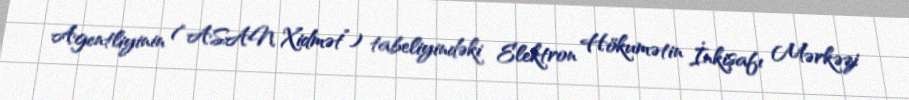
Agentliyinin (“ASAN Xidmət”) tabeliyindəki Elektron Hökumətin İnkişafı Mərkəzi